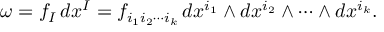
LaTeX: \omega = f _ { I } \, d x ^ { I } = f _ { i _ { 1 } i _ { 2 } \cdots i _ { k } } \, d x ^ { i _ { 1 } } \wedge d x ^ { i _ { 2 } } \wedge \cdots \wedge d x ^ { i _ { k } } .